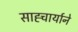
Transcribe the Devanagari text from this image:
साह्चार्याने